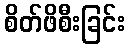
စိတ်ဖိစီးခြင်း